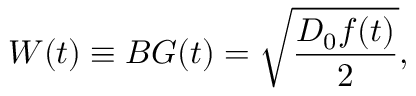
W ( t ) \equiv B G ( t ) = \sqrt { \frac { D _ { 0 } f ( t ) } { 2 } } ,